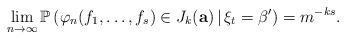
LaTeX: \begin{align*}\lim_{n\to\infty} {\mathbb P}\left( \varphi_n(f_1,\ldots,f_s)\in J_k(\mathbf a)\,|\,\xi_t=\beta'\right)=m^{-ks}.\end{align*}